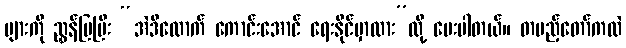
များကို ညွှန်ပြပြီး “အဲဒီလောက် ကောင်းအောင် ရေးနိုင်မှာလား”လို့ မေးပါတယ်။ တပည့်တော်ကလဲ